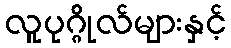
လူပုဂ္ဂိုလ်များနှင့်